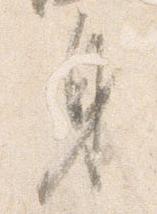
身